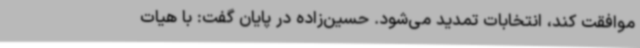
موافقت کند، انتخابات تمدید می‌شود. حسین‌زاده در پایان گفت: با هیات